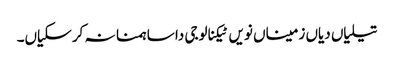
تیلیاں دیاں زمیناں نویں ٹیکنالوجی دا ساہمنا نہ کر سکیاں۔